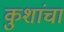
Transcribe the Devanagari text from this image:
कुशांचा